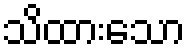
သိထားသော